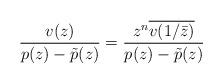
LaTeX: \begin{align*}\frac{v(z)}{p(z)-\tilde{p}(z)} = \frac{z^n \overline{v(1/\bar{z})}}{p(z)-\tilde{p}(z)}\end{align*}